Leaving Certificate Examination, 1919
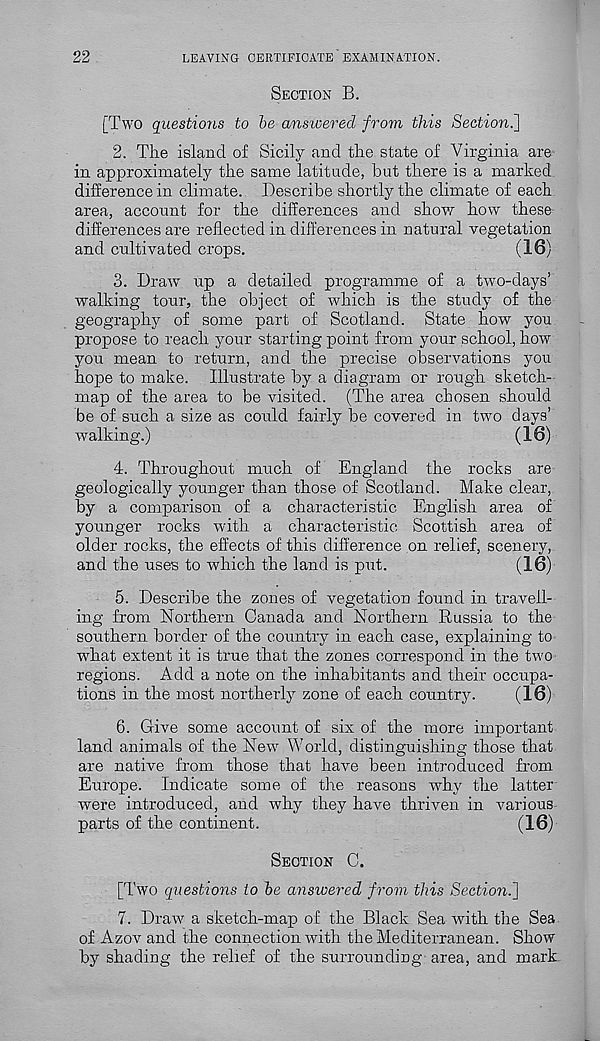
22
LEAVING CERTIFICATE EXAMINATION.
SECTION B.
[Two questions to be answered from this Section^]
2. Tlie island of Sicily and the state of Virginia are
in approximately the same latitude, but there is a marked
difference in climate. Describe shortly the climate of each
area, account for the differences and show how these
differences are reflected in differences in natural vegetation
and cultivated crops.
(16)
3. Draw up a detailed programme of a two-days’
walking tour, the object of which is the study of the
geography of some part of Scotland. State how you
propose to reach your starting point from your school, how
you mean to return, and the precise observations you
hope to make. Illustrate by a diagram or rough sketch-
map of the area to be visited. (The area chosen should
be of such a size as could fairly be covered in two days’
walking.)
(16)
4. Throughout much of England the rocks are
geologically younger than those of Scotland. Make clear,
by a comparison of a characteristic English area of
younger rocks with a characteristic Scottish area of
older rocks, the effects of this difference on relief, scenery,
and the uses to which the land is put.
(16)
5. Describe the zones of vegetation found in travell-
ing from Northern Canada and Northern Russia to the
southern border of the country in each case, explaining to
what extent it is true that the zones correspond in the two
regions. Add a note on the inhabitants and their occupa-
tions in the most northerly zone of each country.
(16)
6. Give some account of six of the more important
land animals of the New World, distinguishing those that
are native from those that have been introduced from
Europe. Indicate some of the reasons why the latter
were introduced, and why they have thriven in various
parts of the continent.
(16)
SECTION C.
[Two questions to be answered from this Sectio?i.']
7. Draw a sketch-map of the Black Sea with the Sea
of Azov and the connection with the Mediterranean. Show
by shading the relief of the surrounding area, and mark.